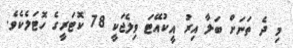
މި ދެ ތަނަށް ބަލާ އިރު އީކުއޭޓަ ވިލެޖަކީ 78 ކޮޓަރީގެ ހޮޓަލެކެވެ.